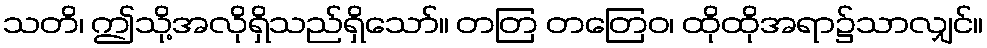
သတိ၊ ဤသို့အလိုရှိသည်ရှိသော်။ တတြ တတြေဝ၊ ထိုထိုအရာ၌သာလျှင်။